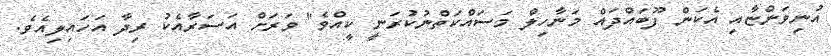
އުނިވަންޏާއި އެކަން ފޫބައްދައް މަނާހިލް މަސައްކަތްނުކުރަނީ ކީއްވެ" ވަރަށް އަސަރާއެކު ރިދާ އަހައިލިއެވެ.